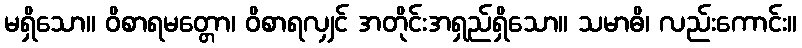
မရှိသော။ ဝိစာရမတ္တော၊ ဝိစာရလျှင် အတိုင်းအရှည်ရှိသော။ သမာဓိ၊ လည်းကောင်း။